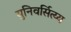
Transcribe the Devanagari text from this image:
युनिवर्सित्य्य